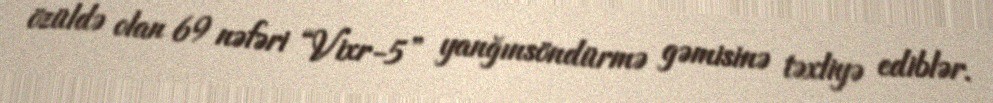
özüldə olan 69 nəfəri “Vixr-5” yanğınsöndürmə gəmisinə təxliyə ediblər.